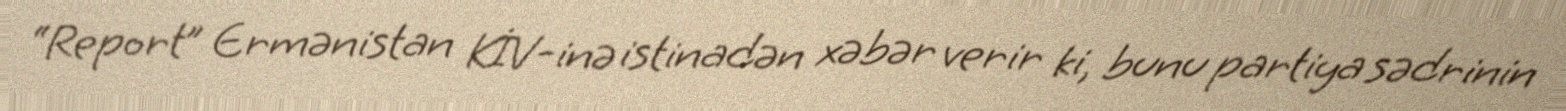
“Report” Ermənistan KİV-inə istinadən xəbər verir ki, bunu partiya sədrinin